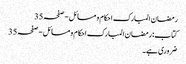
رمضان المبارک احکام و مسائل - صفحہ 35
کتاب: رمضان المبارک احکام و مسائل - صفحہ 35
ضروری ہے۔